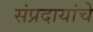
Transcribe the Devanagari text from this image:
संप्रदायांचे